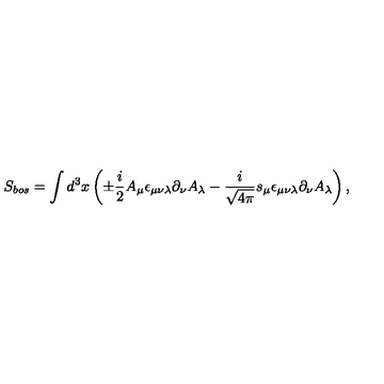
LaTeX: S _ { b o s } = \int d ^ { 3 } x \left( \pm \frac { i } { 2 } A _ { \mu } \epsilon _ { \mu \nu \lambda } \partial _ { \nu } A _ { \lambda } - \frac { i } { \sqrt { 4 \pi } } s _ { \mu } \epsilon _ { \mu \nu \lambda } \partial _ { \nu } A _ { \lambda } \right) ,